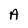
Character: A